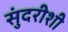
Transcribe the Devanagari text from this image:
सुंदरीशी